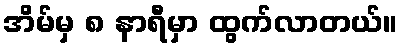
အိမ်မှ ၈ နာရီမှာ ထွက်လာတယ်။